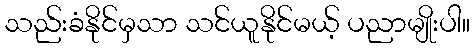
သည်းခံနိုင်မှသာ သင်ယူနိုင်မယ့် ပညာမျိုးပါ။